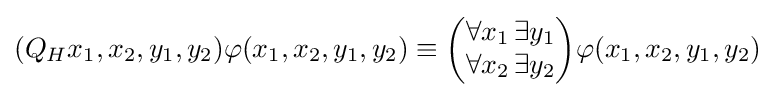
(Q_{H}x_{1},x_{2},y_{1},y_{2})\varphi (x_{1},x_{2},y_{1},y_{2})\equiv {\begin{pmatrix}\forall x_{1}\,\exists y_{1}\\\forall x_{2}\,\exists y_{2}\end{pmatrix}}\varphi (x_{1},x_{2},y_{1},y_{2})